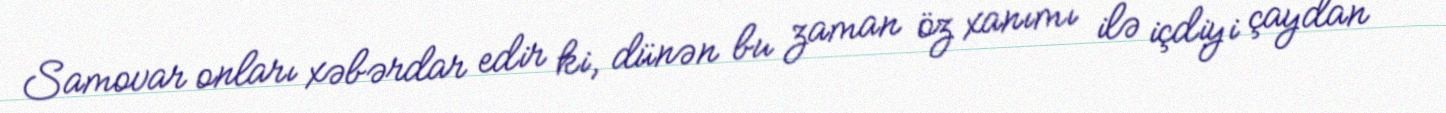
Samovar onları xəbərdar edir ki, dünən bu zaman öz xanımı ilə içdiyi çaydan